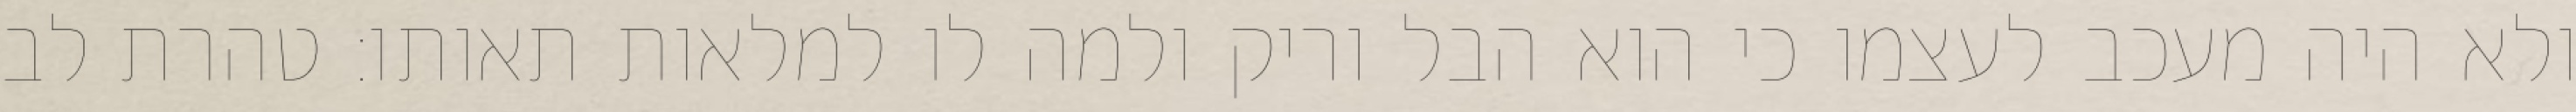
ולא היה מעכב לעצמו כי הוא הבל וריק ולמה לו למלאות תאותו: טהרת לב